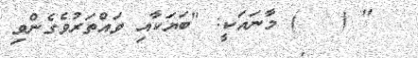
" (   ) މާނައަކީ: "ބަޔަކާއި ވައްތަރުވެގެންވި